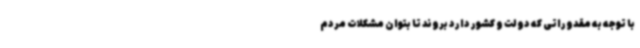
با توجه به مقدوراتی که دولت و کشور دارد بروند تا بتوان مشکلات مردم